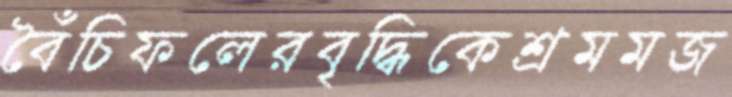
বৈঁচিফলেরবৃদ্ধিকেশ্রমমজ